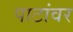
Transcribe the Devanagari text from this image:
पाटांवर